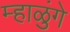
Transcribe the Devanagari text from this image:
म्हाळुंगे